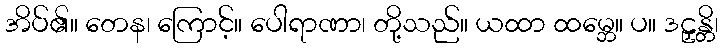
အိပ်၏။ တေန၊ ကြောင့်။ ပေါရာဏာ၊ တို့သည်။ ယထာ ထမ္ဘေ။ ပ။ ဒဠှန္တိ၊